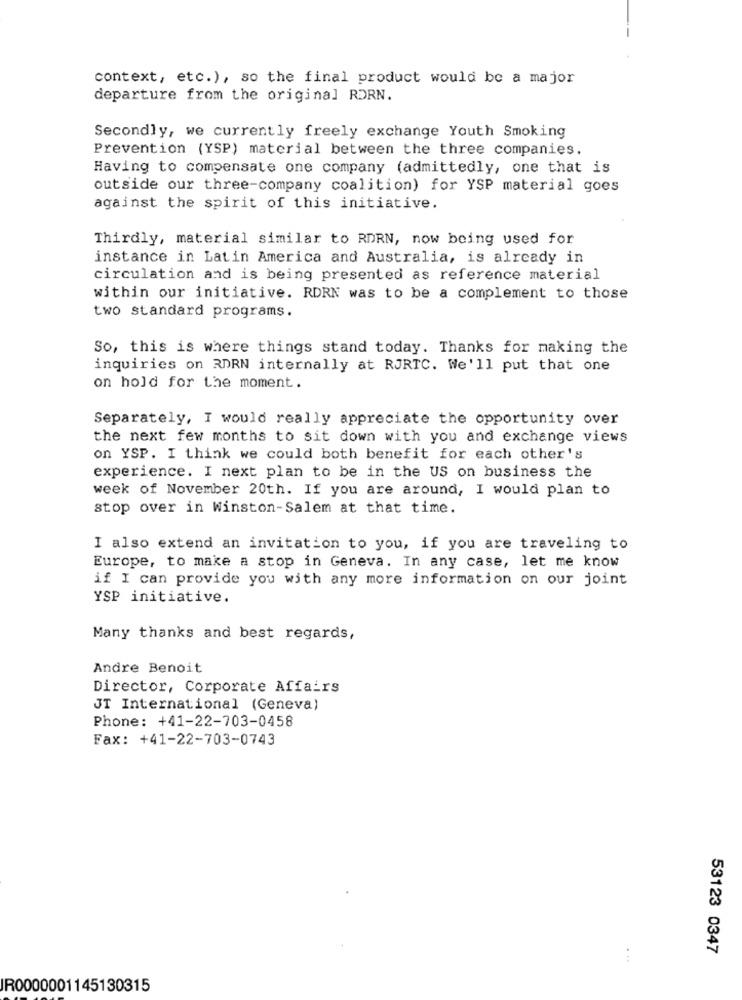
context, etc.), so the final product would be a major
departure from the original RDRN.
Secondly, we currently freely exchange Youth Smoking
Prevention (YSP) material between the three companies.
Having to compensate one company (admittedly, one that is
outside our three-company coalition) for YSP material goes
against the spirit of this initiative.
Thirdly, material similar to RDRN, now being used for
instance in Latin America and Australia, is already in
circulation and is being presented as reference material
within our initiative. RDRN was to be a complement to those
two standard programs.
So, this is where things stand today. Thanks for making the
inquiries on RDRN internally at RJRTC. We'll put that one
on hold for the moment.
Separately, I would really appreciate the opportunity over
the next few months to sit down with you and exchange views
on YSP. I think we could both benefit for each other's
experience. I next plan to be in the US on business the
week of November 20th. If you are around, I would plan to
stop over in Winston-Salem at that time.
I also extend an invitation to you, if you are traveling to
Europe, to make a stop in Geneva. In any case, let me know
if I can provide you with any more information on our joint
YSP initiative.
Many thanks and best regards,
Andre Benoit
Director, Corporate Affairs
JT International (Geneva)
Phone: +41-22-703-0458
Fax: +41-22-703-0743
53123 0347
IR0000001145130315